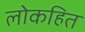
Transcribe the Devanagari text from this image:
लोकहित